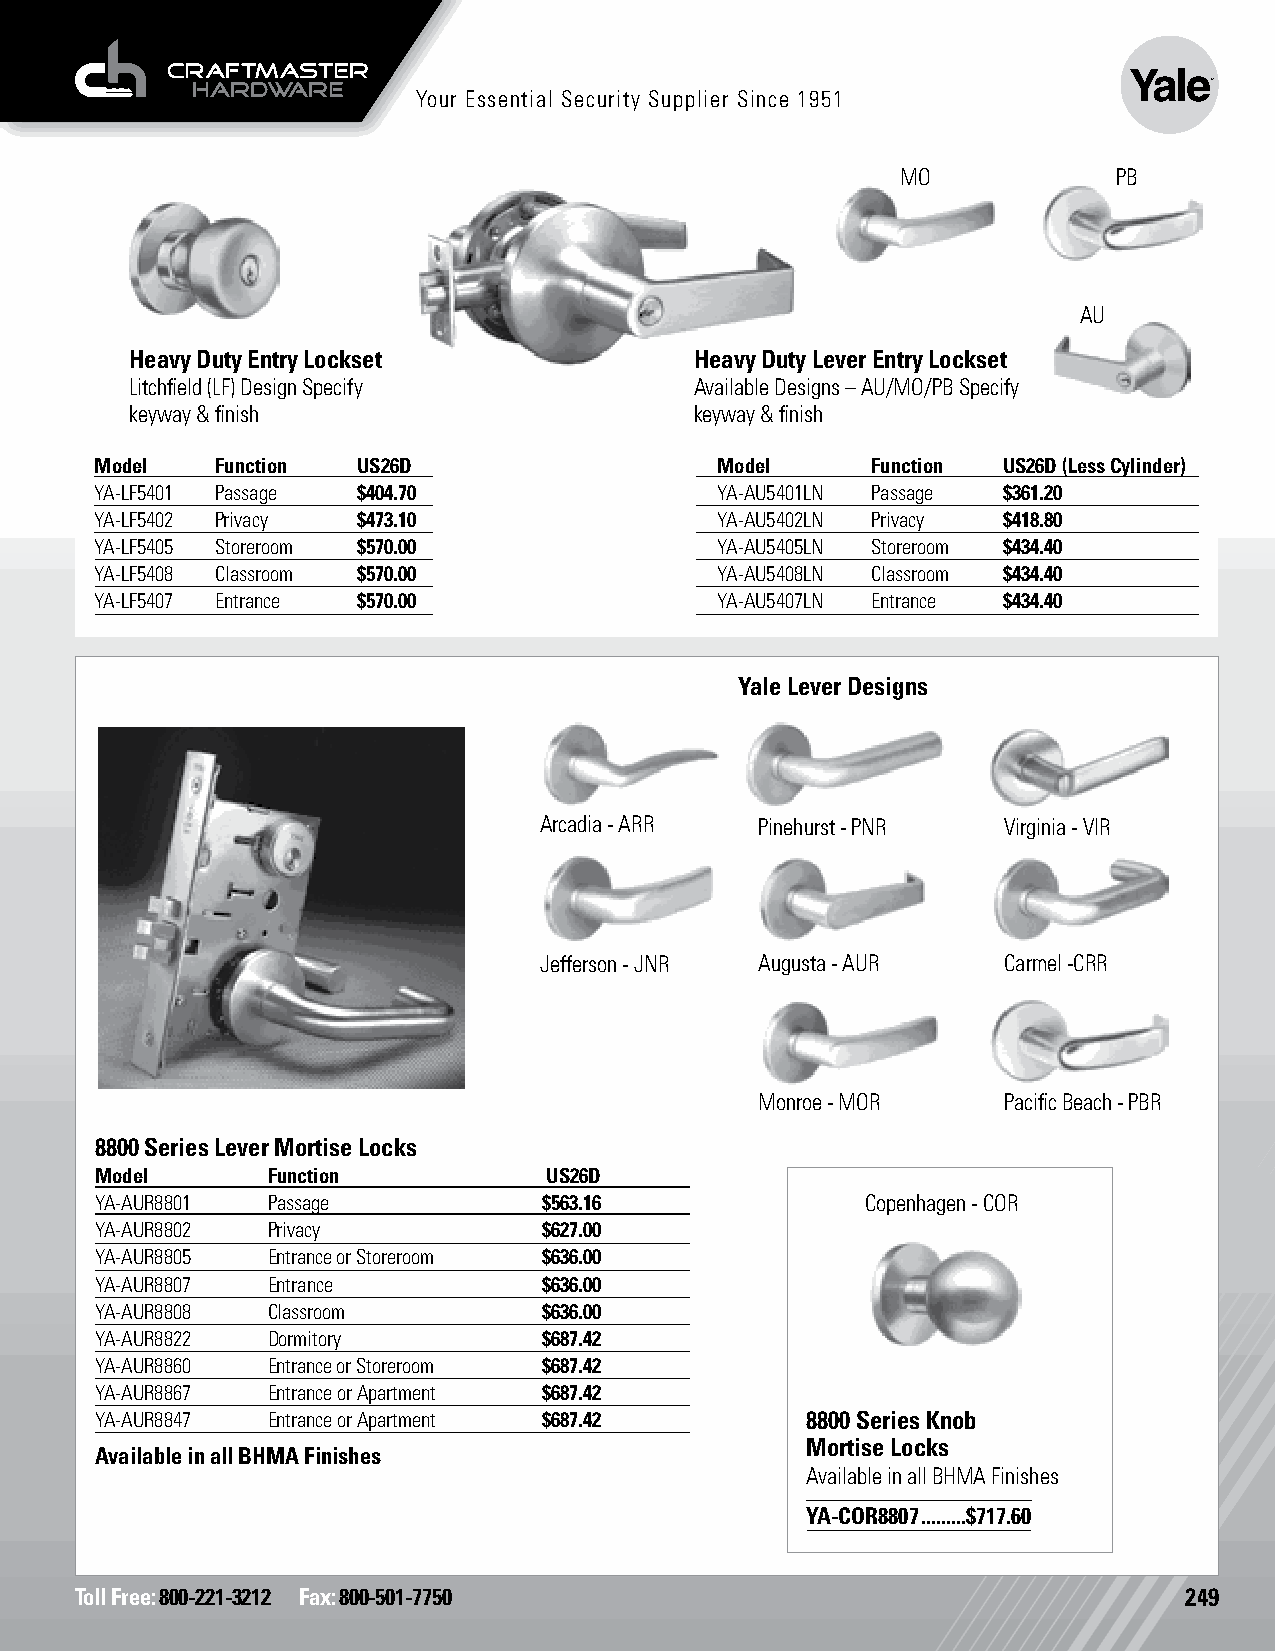
Your Essential Security Supplier Since 1951
 MO            PB
 AU
 Heavy Duty Entry Lockset             Heavy Duty Lever Entry Lockset
 Litchfield (LF) Design Specify       Available Designs – AU/MO/PB Specify
 keyway & finish                      keyway & finish
 Model   Function  US26D                  Model      Function US26D (Less Cylinder)
 YA-LF5401 Passage $404.70                YA-AU5401LN Passage $361.20
 YA-LF5402 Privacy $473.10                YA-AU5402LN Privacy $418.80
 YA-LF5405 Storeroom $570.00              YA-AU5405LN Storeroom $434.40
 YA-LF5408 Classroom $570.00              YA-AU5408LN Classroom $434.40
 YA-LF5407 Entrance $570.00               YA-AU5407LN Entrance $434.40
 Yale Lever Designs
 Arcadia - ARR Pinehurst - PNR Virginia - VIR
 Jefferson - JNR Augusta - AUR Carmel -CRR
 Monroe - MOR    Pacific Beach - PBR
 8800 Series Lever Mortise Locks
 Model       Function          US26D
 YA-AUR8801  Passage           $563.16              Copenhagen - COR
 YA-AUR8802  Privacy           $627.00
 YA-AUR8805  Entrance or Storeroom $636.00
 YA-AUR8807  Entrance          $636.00
 YA-AUR8808  Classroom         $636.00
 YA-AUR8822  Dormitory         $687.42
 YA-AUR8860  Entrance or Storeroom $687.42
 YA-AUR8867  Entrance or Apartment $687.42
 YA-AUR8847  Entrance or Apartment $687.42      8800 Series Knob
 Mortise Locks
 Available in all BHMA Finishes
 Available in all BHMA Finishes
 YA-COR8807 .........$717.60
 Toll Free: 800-221-3212 Fax: 800-501-7750                                249